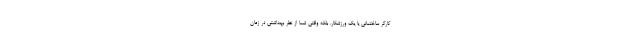
کارگر ساختمانی یا یک ورزشکار، بلکه وقتی شما از نظر بهداشتی در زمان